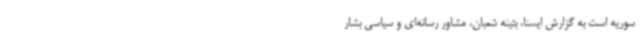
سوریه است به گزارش ایسنا، بثینه شعبان، مشاور رسانه‌ای و سیاسی بشار